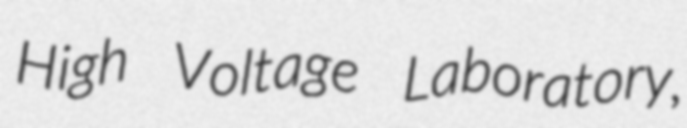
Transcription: High Voltage Laboratory,